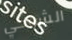
الشوكي